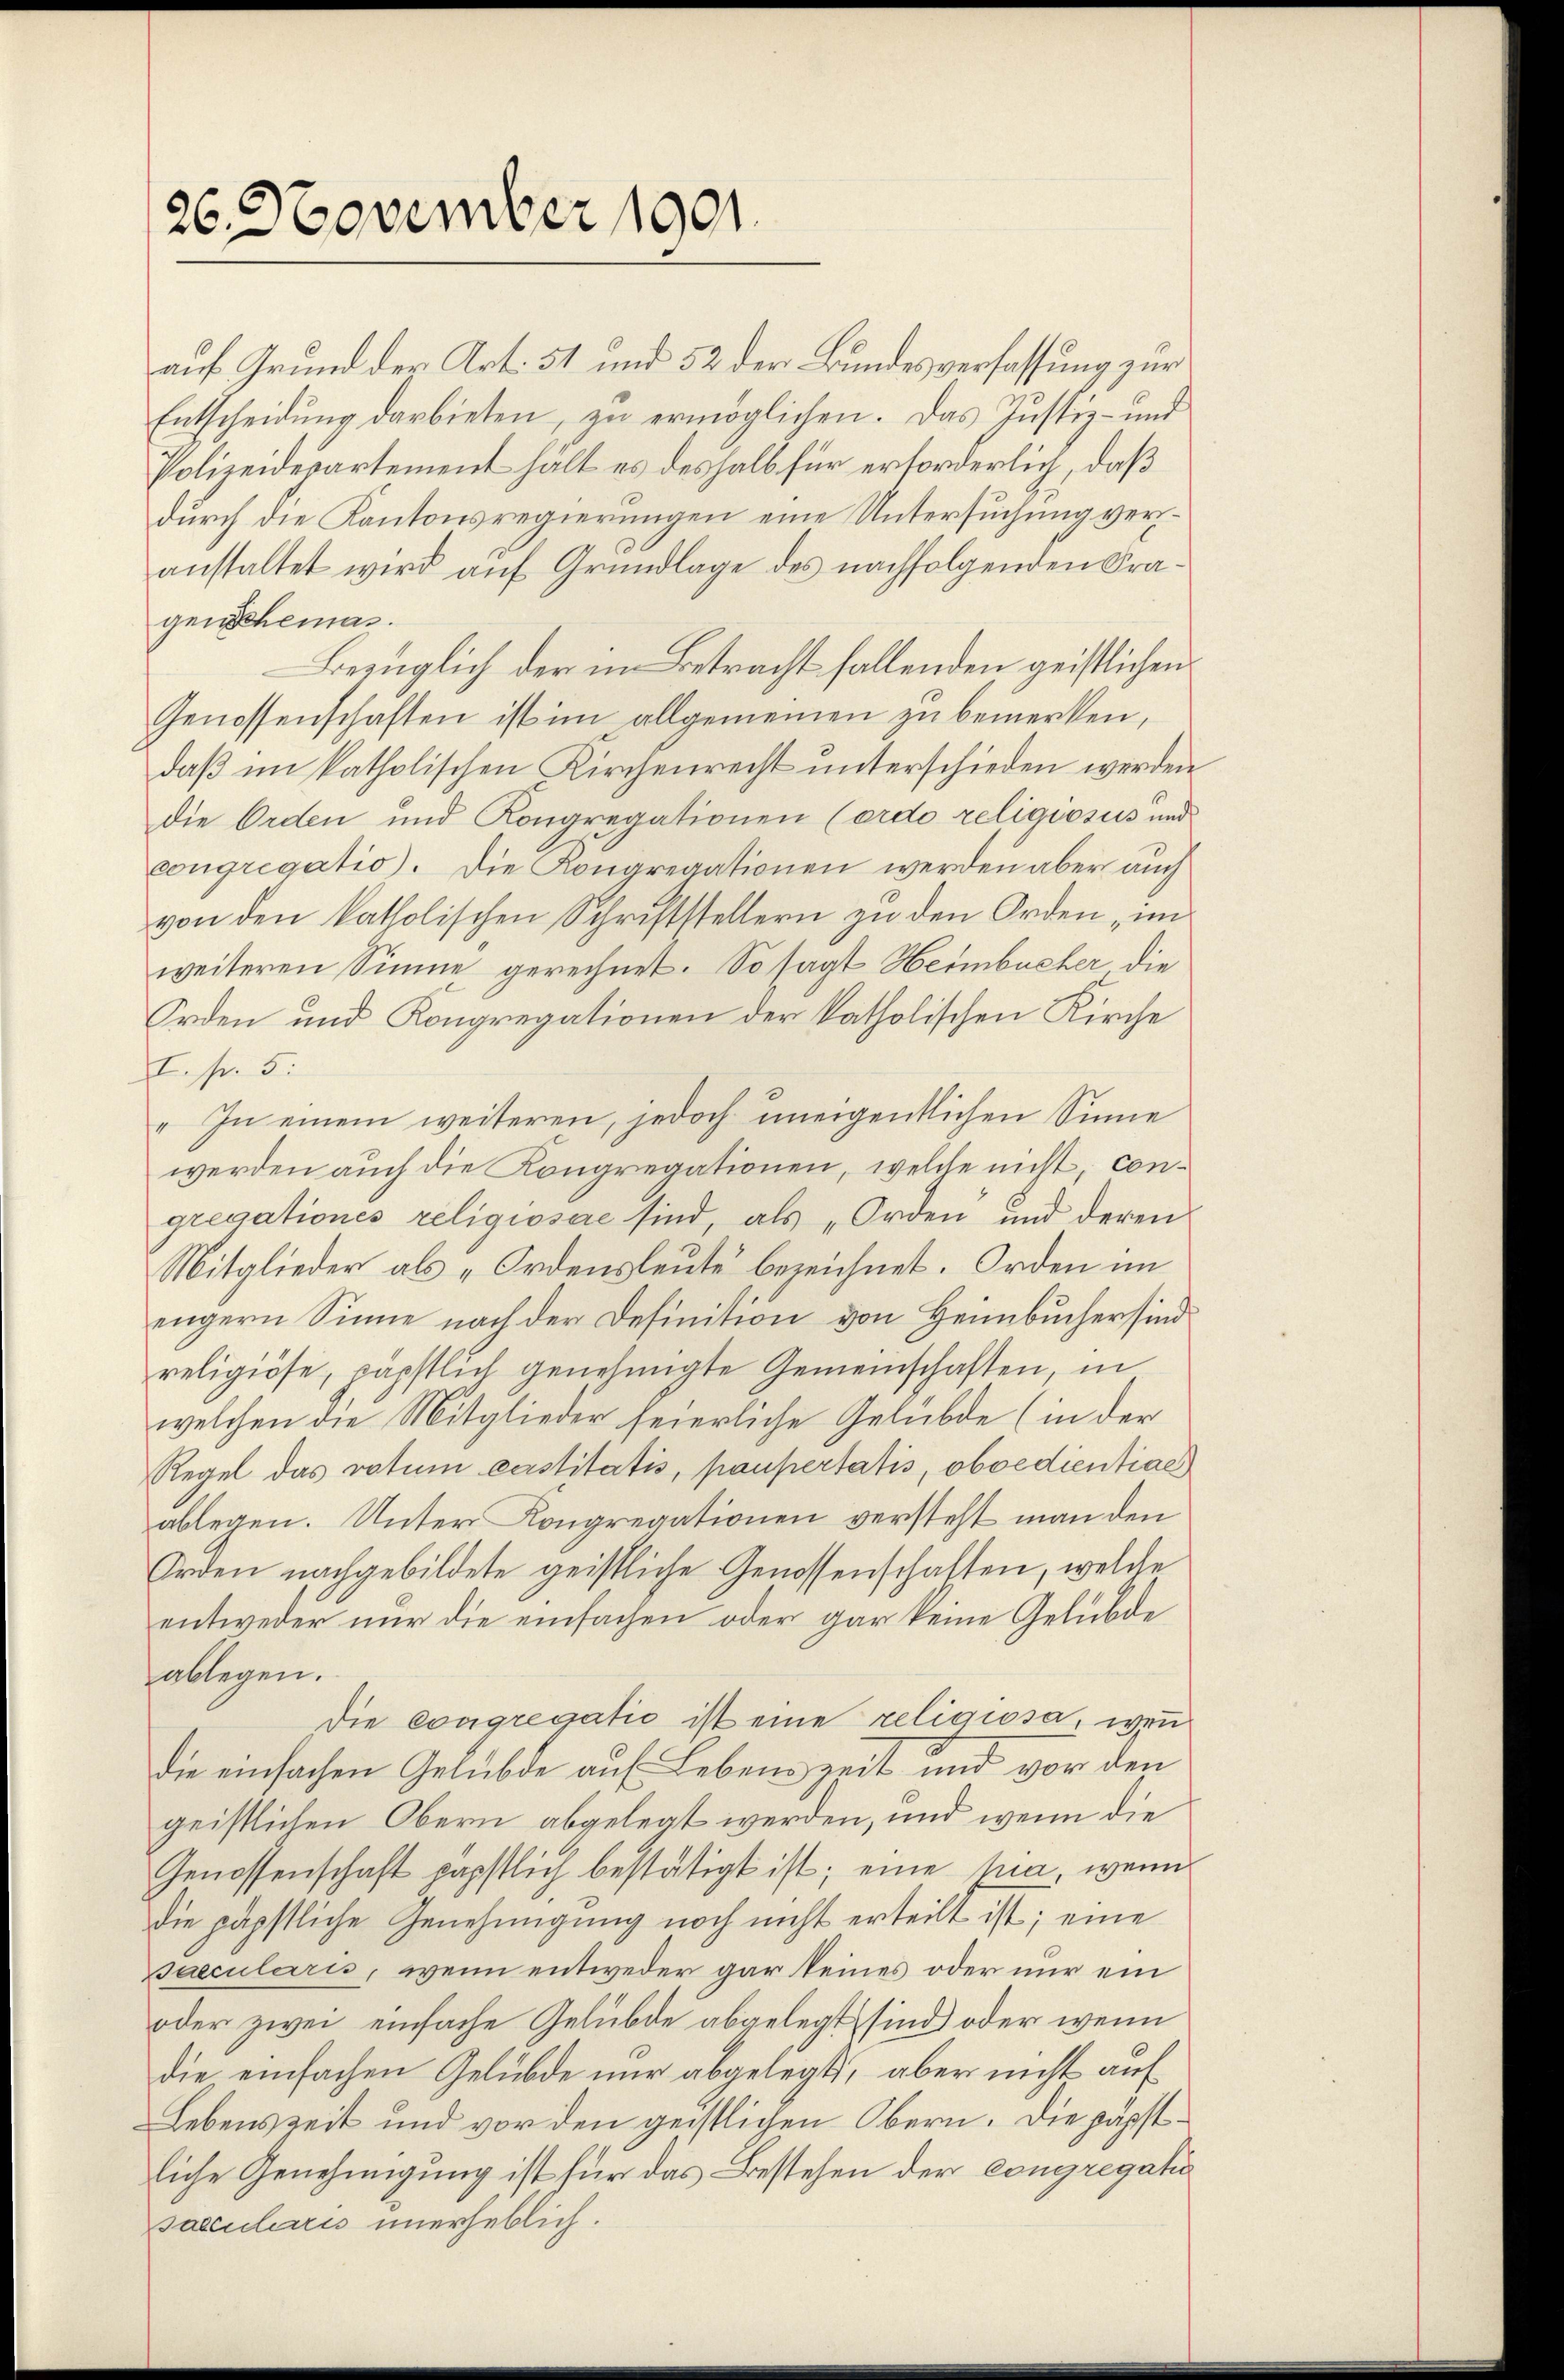
26. November 1901.

auf Grund der Art. 51 und 52 der Bundesverfassung zur
Entscheidung darbieten, zu ermöglichen. Das Justiz- und
Polizeidepartement hält es deshalb für erforderlich, daß
durch die Kantonsregierungen eine Untersuchung veranstaltet wird aŭf Grundlage des nachfolgenden Fragenschemas.
Bezüglich der im Betracht fallenden geistlichen
Genossenschaften ist im allgemeinen zu bemerken,
daß im katholischen Kirchenrecht unterschieden werden
die Orden und Kongregationen (ordo religiosus und
congregatio). Die Kongregationen werden aber auch
von den katholischen Schriftstellern zu den Orden, im
weiteren Sinne gerechnet. So sagt Heimbucher die
Orden und Kongregationen der katholischen Kirche
I. fr. 5.
" In einem weiteren, jedoch uneigentlichen Sinne
werden auch die Kongregationen, welche nicht, congregationes religiosae sind, als „Orden und deren
Mitglieder als „Ordensleute bezeichnet. Orden im
engern Sinne nach der Definition von Heimbucher sind
religiöse, päpstlich genehmigte Gemeinschaften, in
welchen die Mitglieder feierliche Gelübde (in der
Regel das votum verstitatis, paupertatis, oboedientiae
ablegen. Unter Kongregationen versteht man den
Orden nachgebildete geistliche Genossenschaften, welche
entweder nur die einfachen oder gar keine Gelübde
ablegen.
die Congregatio ist eine religiosa, wenn
die einfachen Gelübde auf Lebenszeit und vor den
geistlichen Obern abgelegt werden, und wenn die
Genossenschaft päpstlich bestätigt ist; eine Ma, wenn
die päpstliche Genehmigung noch nicht erteilt ist; eine
sacculerris, wenn entweder gar keines oder nur ein
oder zwei einfache Gelübde abgelegt sind, oder wenn
die einfachen Gelübde nur abgelegt, aber nicht auf
Lebenszeit und vor den geistlichen Obern. Die päpstliche Genehmigung ist für das Bestehen der congregatio
saecularis unerheblich.

f